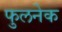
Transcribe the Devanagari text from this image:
फुलनेक